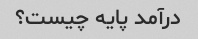
درآمد پایه چیست؟